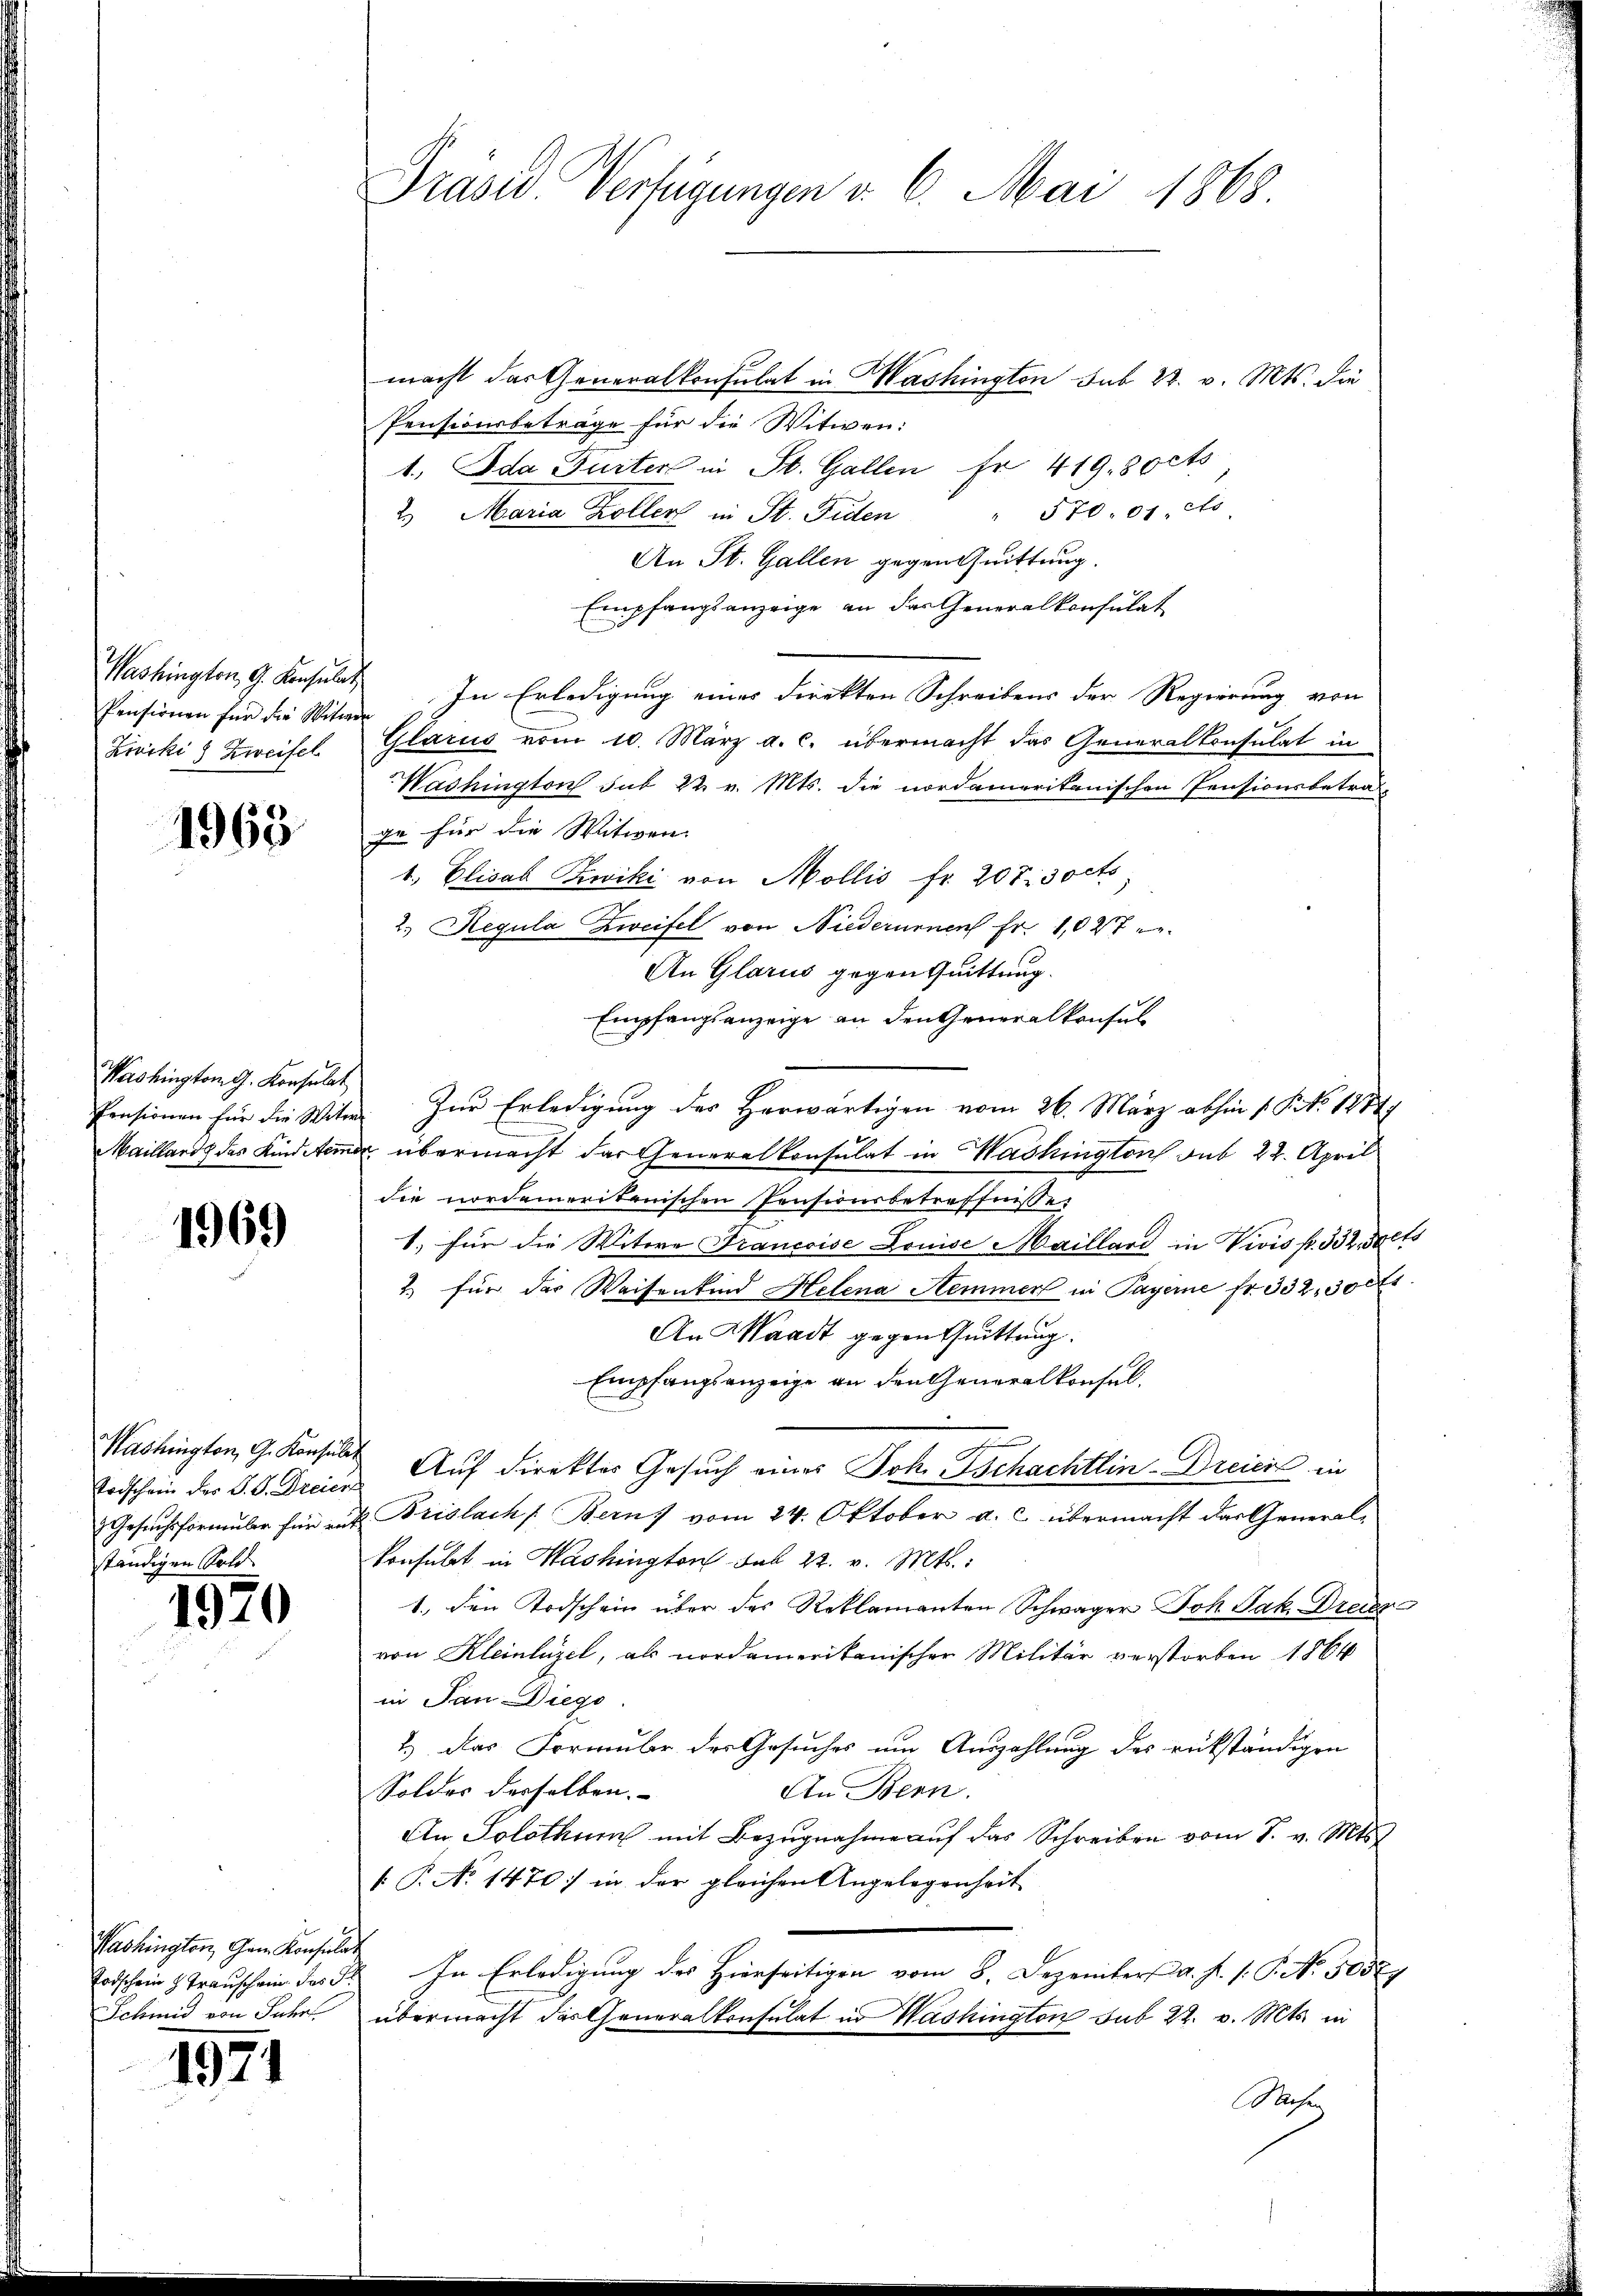
Washington G. Konsulat
Pensionen für die Witwe
Ziviki) Zweifel

1968

Washington G. Konsulat
Pensionen für die Witw
Maillarich des Kindern

1969

Washington, G. Konsuler
Todschein des P. P. Dreiert
 Gesuchsformular für entständigen Sold

1970

Washington, Gam Konsula¬
Todschein H. Transchein das S
Schmid von Jahr

1971

Präses Verfügungen v. 6. Mai 1868

macht das Generalkonsulat in Washington sub 22. v. Mts. die
Pensionsbeträge für die Witwen:
1. Ida Gurter in St. Gallen fr 419. 8octo
2 Maria Kollers in St. Fiden " 570. 07 cto
An St. Gallen gegen Quittung.
Empfangsanzeige an das Generalkonsulat
In Erledigung einer direkten Schreibens der Regierung von
Glarus vom 10. März a. c. übermacht das Generalkonsulat in
Washington sub 22. v. Mts. die nordamerikanischen Pensionsbetra-
ge für die Witwen
1.) Elisab Ziwiki von Mollis fr. 20 Tisocts
2.) Regula Zweifel von Niederument Fr. 1027 e
An Glarus gegen Quittung.
Empfangsanzeige an den Generalkonsul
Zur Erledigung des Horwärtigen vom 26. März abhin 1 S. 1877
u übermacht das Generalkonsulat in Washington sub 22. April
die nordemaritenischen Pensionsbetreffnisse
1. für die Witwe Francoise Louise Maillard in Vivis p. 332, salts
2. für der Waisenkind Helena Hemmer in Payerne fr. 332, 300fr.
An Waadt gegen Quittung.
Empfangsanzeige an den Generalkonsul¬
Auf direkter Gesuch eines Joh. schachtlin-Dreien in
Brislach Bern, vom 24. Oktober a. c. übermacht das General-
konsulat in Washington sub 22. v. Mts.:
1. den Todschein über des Reklamanten Schwager Joh. Jak. Dreier
von Kleinlüzel, als nordamerikanischer Militär verstorben 1864
in Jan Diego.
1.) Das Formuler der Gesuches um Auszahlung des rükständigen
Soldes derselben.
An Bern.
An Solothum mit Bezugnahme auf das Schreiben vom 7. v. Mts.
 P. No 1470. in der gleichen Angelegenheit
In Erledigung des Hierseitigen vom 8. Dezember a. f. 1. P. N. 5057
übermacht das Generalkonsulat in Washington sub 22. v. Mts. in
Sachen